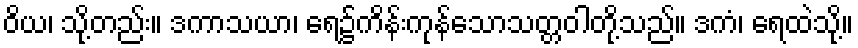
ဝိယ၊ သို့တည်း။ ဒကာသယာ၊ ရေ၌ကိန်းကုန်သောသတ္တဝါတို့သည်။ ဒကံ၊ ရေထဲသို့။